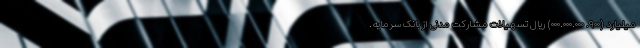
میلیارد (۹۰۰. ۰۰۰.۰۰۰.۰۰۰) ریال تسهیلات مشارکت مدنی از بانک سرمایه.